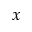
\boldsymbol { x }